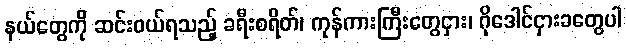
နယ်တွေကို ဆင်းဝယ်ရသည့် ခရီးစရိတ်၊ ကုန်ကားကြီးတွေငှား၊ ဂိုဒေါင်ငှားခတွေပါ